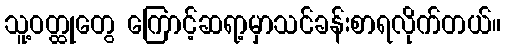
သူ့ဝတ္ထုတွေ ကြောင့်ဆရာ့မှာသင်ခန်းစာရလိုက်တယ်။